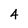
Character: 4